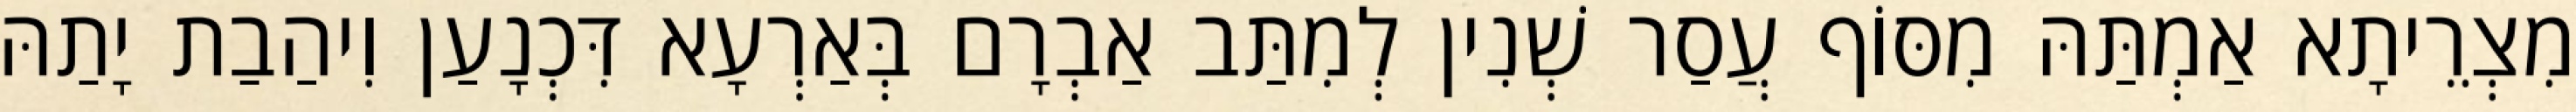
מִצְרֵיתָא אַמְתַּהּ מִסּוֹף עֲסַר שְׁנִין לְמִתַּב אַבְרָם בְּאַרְעָא דִּכְנָעַן וִיהַבַת יָתַהּ